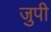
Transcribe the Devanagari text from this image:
जुपी